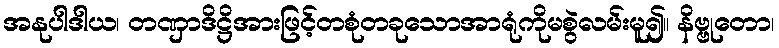
အနုပါဒါယ၊ တဏှာဒိဋ္ဌိအားဖြင့်တစုံတခုသောအာရုံကိုမစွဲလမ်းမူ၍။ နိဗ္ဗုတော၊